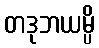
တဒုဘယမ္ပိ